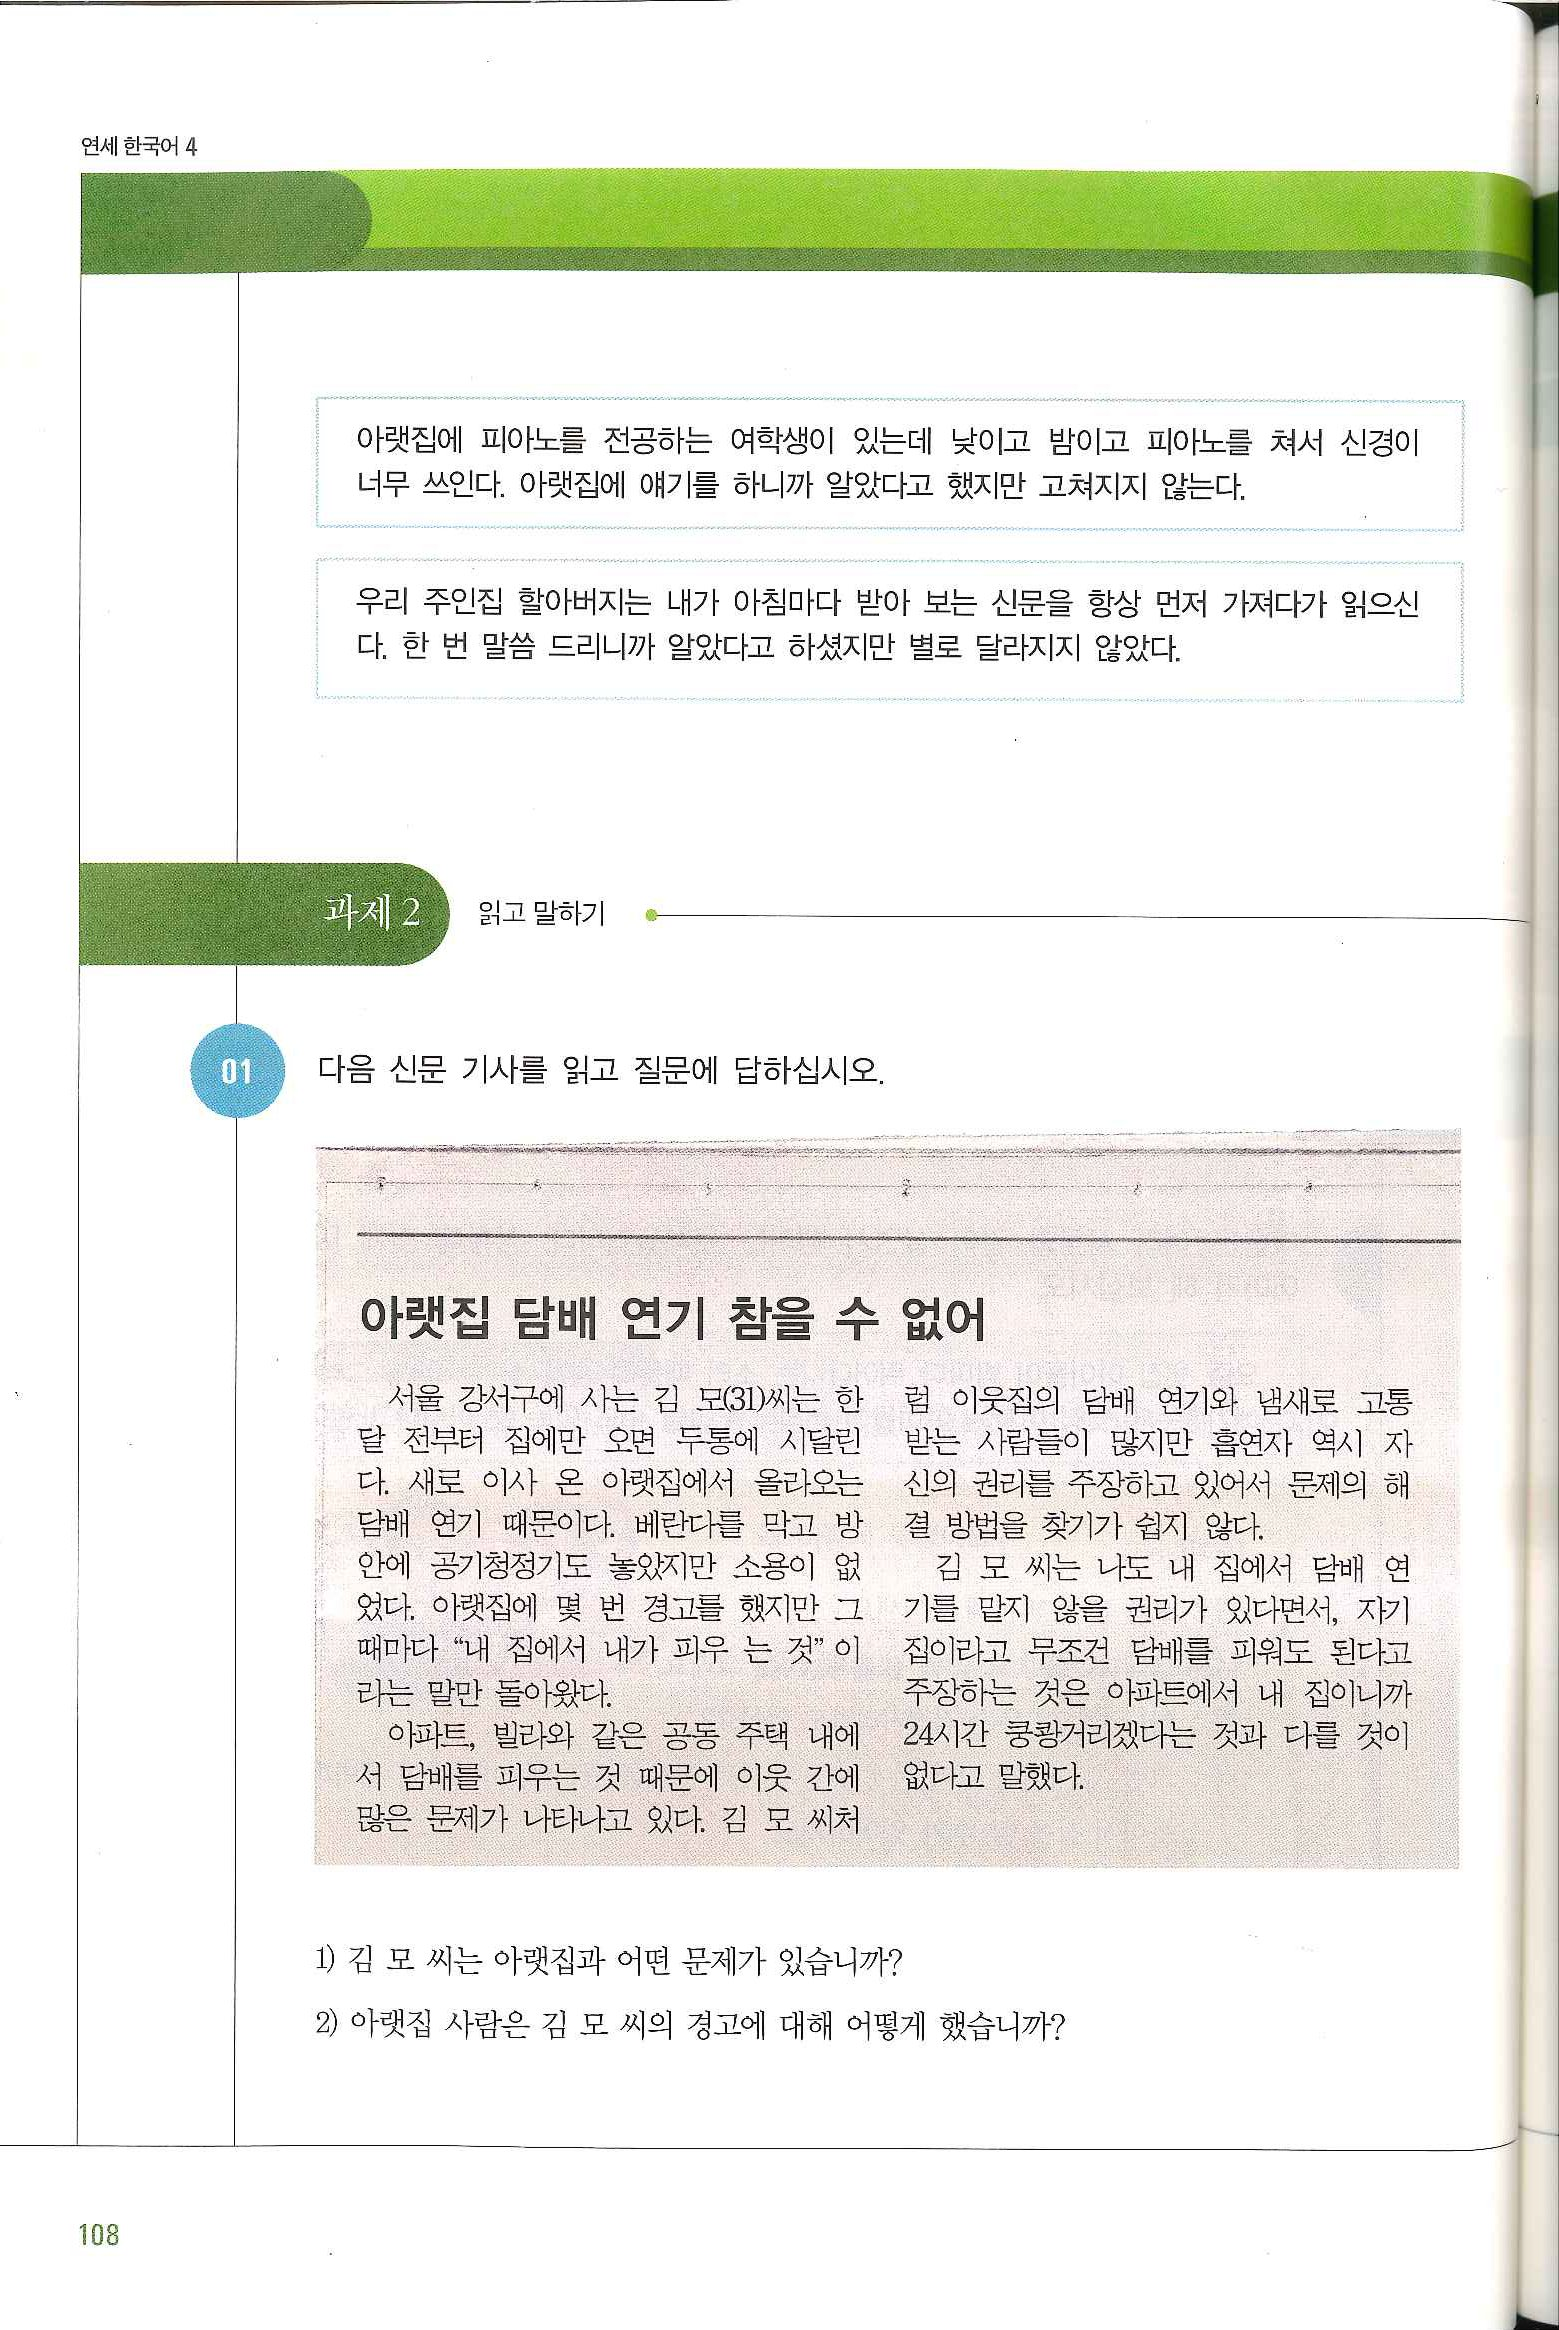
Language: ko